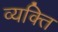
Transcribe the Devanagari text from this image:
व्‍यक्त्‍िा